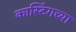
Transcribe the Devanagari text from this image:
कास्टिंगच्या